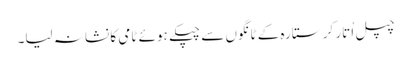
چپل اُتار کر ستارہ کے ٹانگوں سے چپکے ہوئے ٹامی کا نشانہ لیا۔